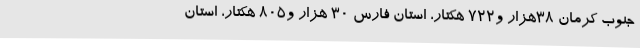
جنوب کرمان 38هزار و722 هکتار، استان فارس 30 هزار و805 هکتار، استان